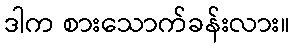
ဒါက စားသောက်ခန်းလား။